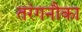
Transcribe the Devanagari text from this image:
तरंगनौका